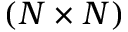
( N \times N )